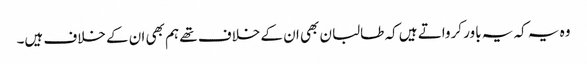
وہ یہ کہ یہ باور کرواتے ہیں کہ طالبان بھی ان کے خلاف تھے ہم بھی ان کے خلاف ہیں۔